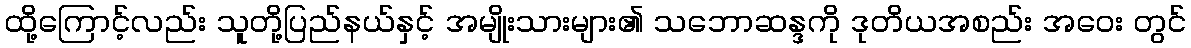
ထို့ကြောင့်လည်း သူတို့ပြည်နယ်နှင့် အမျိုးသားများ၏ သဘောဆန္ဒကို ဒုတိယအစည်း အဝေး တွင်